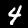
Digit: 4